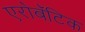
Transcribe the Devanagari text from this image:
एरोबॅटिक